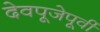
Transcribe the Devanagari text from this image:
देवपूजेपूर्वी